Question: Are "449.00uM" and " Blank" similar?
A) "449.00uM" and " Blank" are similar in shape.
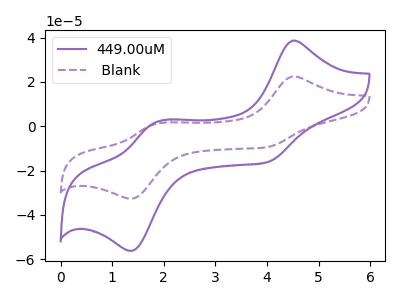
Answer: <think>The purple curve "449.00uM" has anodic peaks at (4.50V, 38.60uA) (1.85V, 1.70uA) and cathodic peaks at (4.00V, -16.20uA) (1.40V, -56.20uA). The purple dashed curve " Blank" has anodic peaks at (4.50V, 22.45uA) (1.85V, 1.00uA) and cathodic peaks at (4.00V, -9.40uA) (1.40V, -32.65uA).
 All the peaks in "449.00uM" have a peak in " Blank" at the same potential. Every peak in "449.00uM" is higher than every peak in " Blank".</think>
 <answer>A) "449.00uM" and " Blank" are similar in shape.</answer>
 <eval>A</eval>